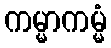
ကမ္မာကမ္မံ